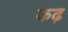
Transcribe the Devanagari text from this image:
कढ़